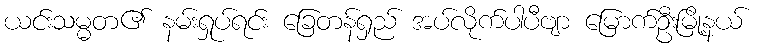
ယင်းသမ္မတ၏ နမ်းရှုပ်ရင်း ခြေတန်ရှည် အပ်လိုက်ပါပီဗျာ မြောက်ဦးမြို့နယ်